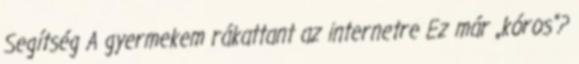
Segítség A gyermekem rákattant az internetre Ez már „kóros”?